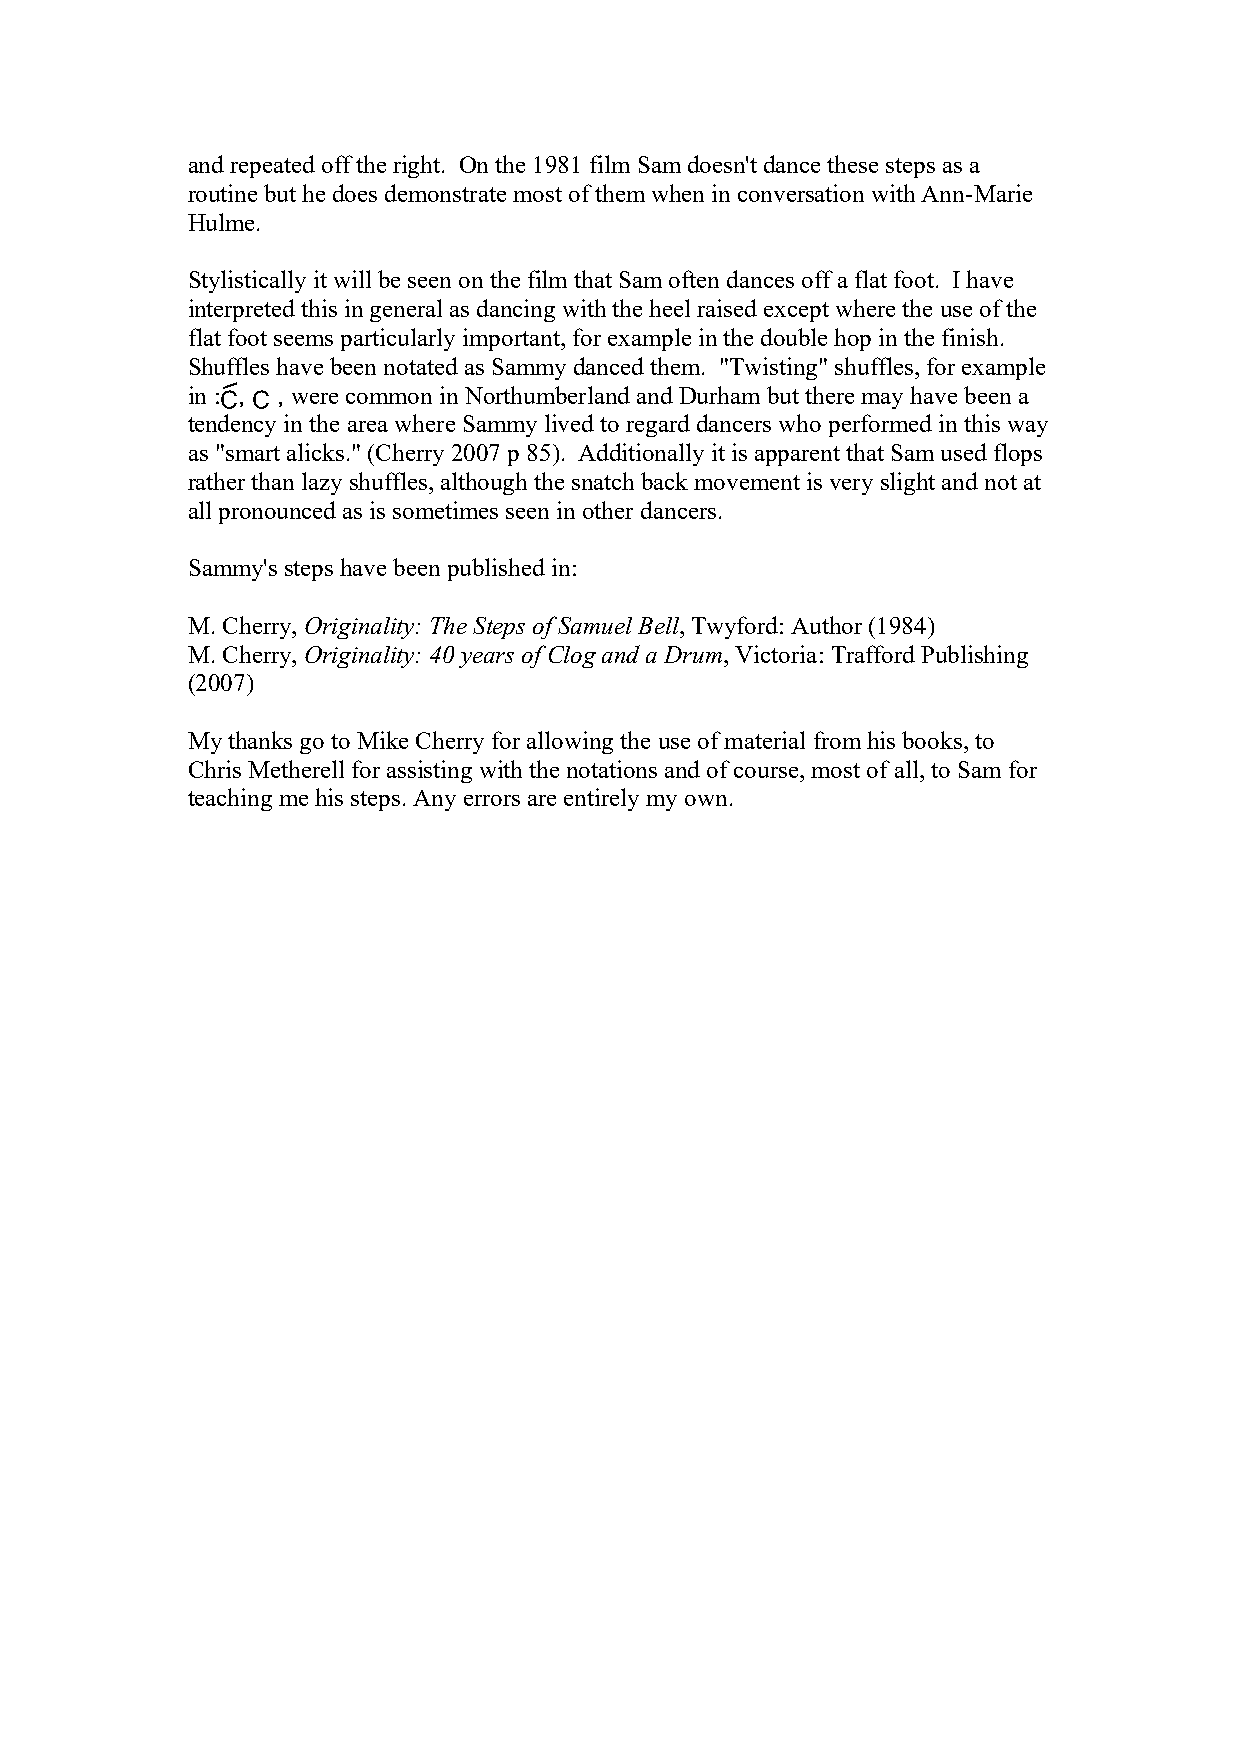
and repeated off the right. On the 1981 film Sam doesn't dance these steps as a
 routine but he does demonstrate most of them when in conversation with Ann-Marie
 Hulme.
 Stylistically it will be seen on the film that Sam often dances off a flat foot. I have
 interpreted this in general as dancing with the heel raised except where the use of the
 flat foot seems particularly important, for example in the double hop in the finish.
 Shuffles have been notated as Sammy danced them. "Twisting" shuffles, for example
 in :3, c , were common in Northumberland and Durham but there may have been a
 tendency in the area where Sammy lived to regard dancers who performed in this way
 as "smart alicks." (Cherry 2007 p 85). Additionally it is apparent that Sam used flops
 rather than lazy shuffles, although the snatch back movement is very slight and not at
 all pronounced as is sometimes seen in other dancers.
 Sammy's steps have been published in:
 M. Cherry, Originality: The Steps of Samuel Bell, Twyford: Author (1984)
 M. Cherry, Originality: 40 years of Clog and a Drum, Victoria: Trafford Publishing
 (2007)
 My thanks go to Mike Cherry for allowing the use of material from his books, to
 Chris Metherell for assisting with the notations and of course, most of all, to Sam for
 teaching me his steps. Any errors are entirely my own.